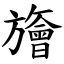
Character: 旝